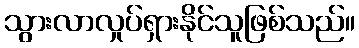
သွားလာလှုပ်ရှားနိုင်သူဖြစ်သည်။